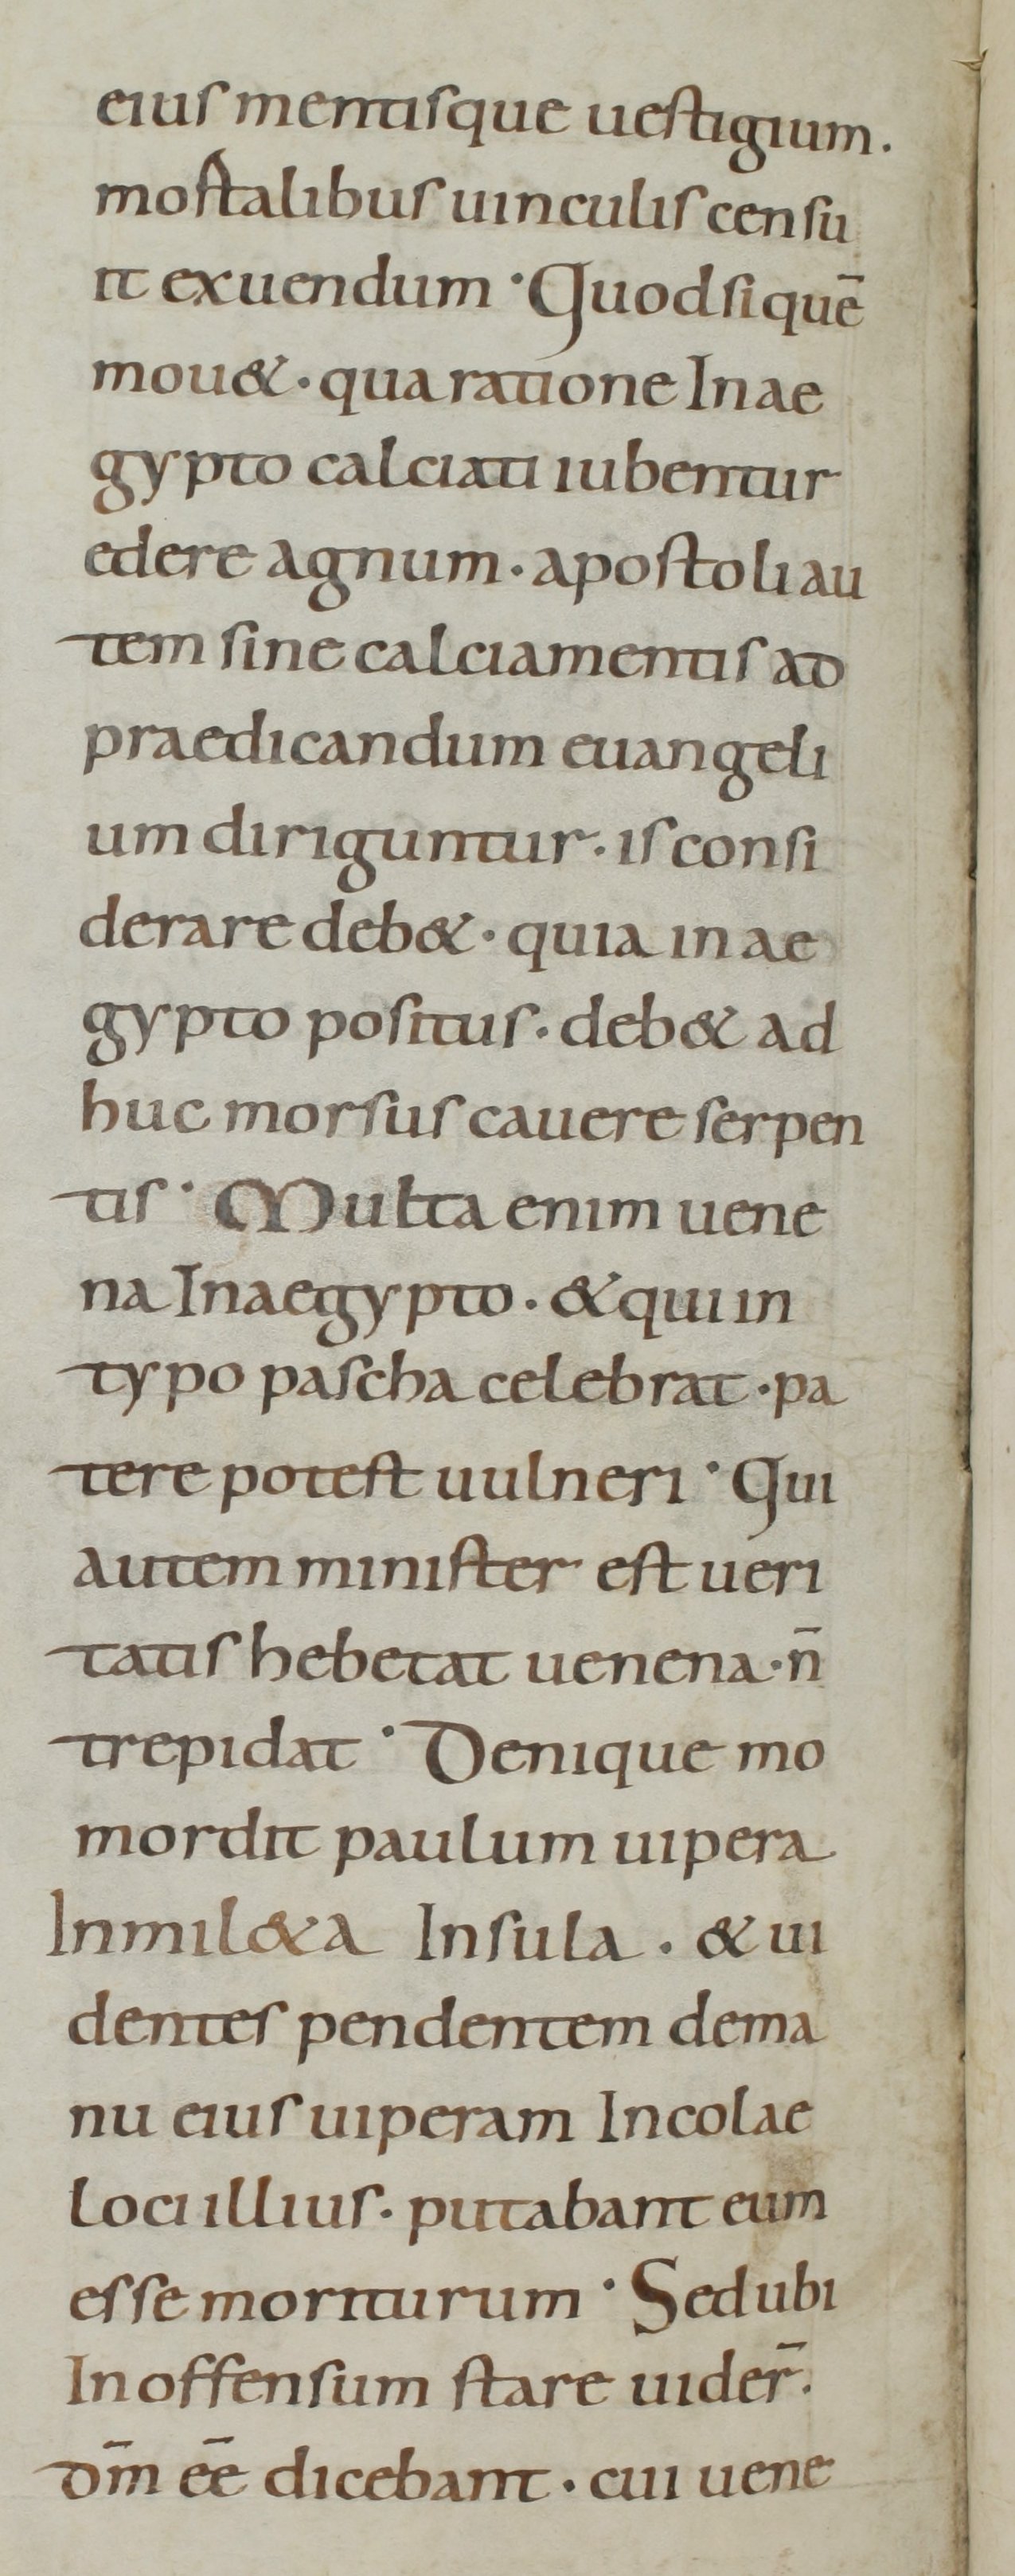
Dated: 800–899